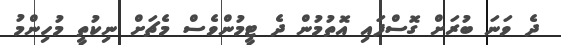
ދެ ވަނަ ބުރަށް ގޮސްފައި އޮތުމުން ދެ ޓީމުންވެސް މެޗަށް ނިކުތީ މުހިންމު